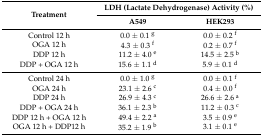
<table><thead><tr><td rowspan="2"><b>Treatment</b></td><td colspan="2"><b>LDH (Lactate Dehydrogenase) Activity (%)</b></td></tr><tr><td><b>A549</b></td><td><b>HEK293</b></td></tr></thead><tbody><tr><td>Control 12 h</td><td>0.0 ± 0.1 <sup>g</sup></td><td>0.0 ± 0.2 <sup>f</sup></td></tr><tr><td>OGA 12 h</td><td>4.3 ± 0.3 <sup>f</sup></td><td>0.2 ± 0.7 <sup>f</sup></td></tr><tr><td>DDP 12 h</td><td>11.2 ± 4.0 <sup>e</sup></td><td>14.5 ± 2.5 <sup>b</sup></td></tr><tr><td>DDP + OGA 12 h</td><td>15.6 ± 1.1 <sup>d</sup></td><td>5.9 ± 0.1 <sup>d</sup></td></tr><tr><td>Control 24 h</td><td>0.0 ± 1.0 <sup>g</sup></td><td>0.0 ± 0.1 <sup>f</sup></td></tr><tr><td>OGA 24 h</td><td>23.1 ± 2.6 <sup>c</sup></td><td>0.4 ± 0.0 <sup>f</sup></td></tr><tr><td>DDP 24 h</td><td>26.9 ± 4.3 <sup>c</sup></td><td>26.6 ± 2.6 <sup>a</sup></td></tr><tr><td>DDP + OGA 24 h</td><td>36.1 ± 2.3 <sup>b</sup></td><td>11.2 ± 0.3 <sup>c</sup></td></tr><tr><td>DDP 12 h + OGA 12 h</td><td>49.4 ± 2.2 <sup>a</sup></td><td>3.5 ± 0.9 <sup>e</sup></td></tr><tr><td>OGA 12 h + DDP12 h</td><td>35.2 ± 1.9 <sup>b</sup></td><td>3.1 ± 0.1 <sup>e</sup></td></tr></tbody></table>